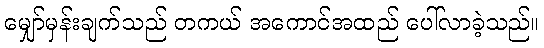
မျှော်မှန်းချက်သည် တကယ် အကောင်အထည် ပေါ်လာခဲ့သည်။